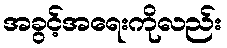
အခွင့်အရေးကိုလည်း